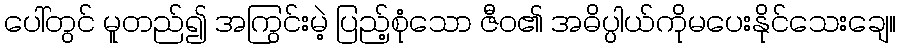
ပေါ်တွင် မူတည်၍ အကြွင်းမဲ့ ပြည့်စုံသော ဇီဝ၏ အဓိပ္ပါယ်ကိုမပေးနိုင်သေးချေ။